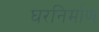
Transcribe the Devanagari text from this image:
घरनिर्माण